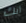
أنك